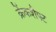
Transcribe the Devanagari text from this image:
क्रेंकशैफ्ट